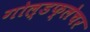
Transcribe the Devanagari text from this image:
गोल्डफ्लेचर